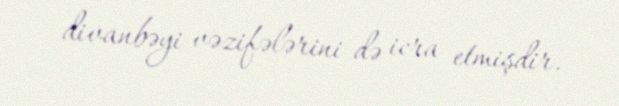
divanbəyi vəzifələrini də icra etmişdir.